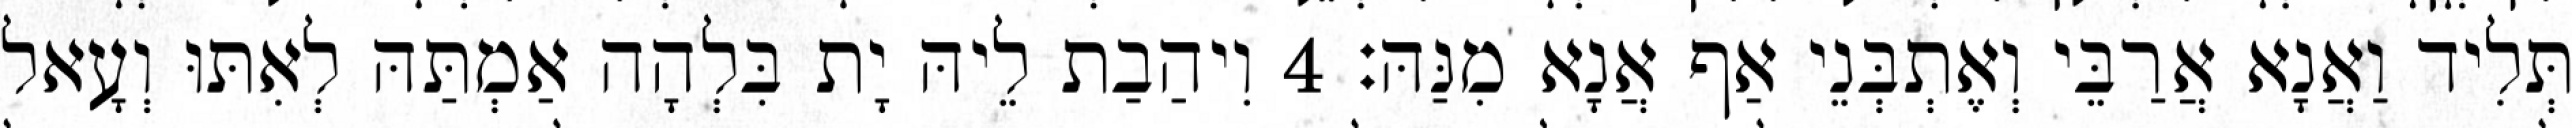
תְּלִיד וַאֲנָא אֲרַבֵּי וְאֶתְבְּנֵי אַף אֲנָא מִנַּהּ׃ 4 וִיהַבַת לֵיהּ יָת בִּלְהָה אַמְתַּהּ לְאִתּוּ וְעָאל